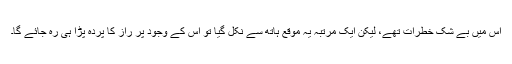
اس میں بے شک خطرات تھے، لیکن ایک مرتبہ یہ موقع ہاتھ سے نکل گیا تو اس کے وجود پر راز کا پردہ پڑا ہی رہ جائے گا۔